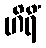
ဟိရိံ